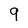
Character: 9